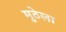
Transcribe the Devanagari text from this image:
मुठेला